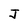
Character: J